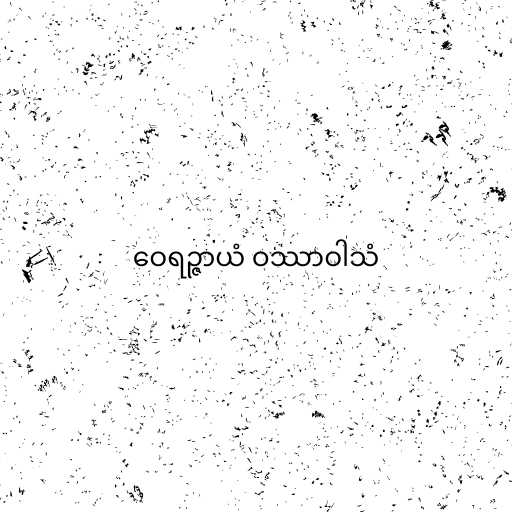
ဝေရဉ္ဇာယံ ဝဿာဝါသံ